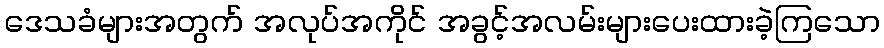
ဒေသခံများအတွက် အလုပ်အကိုင် အခွင့်အလမ်းများပေးထားခဲ့ကြသော